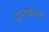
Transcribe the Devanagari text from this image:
द्वाराकेला